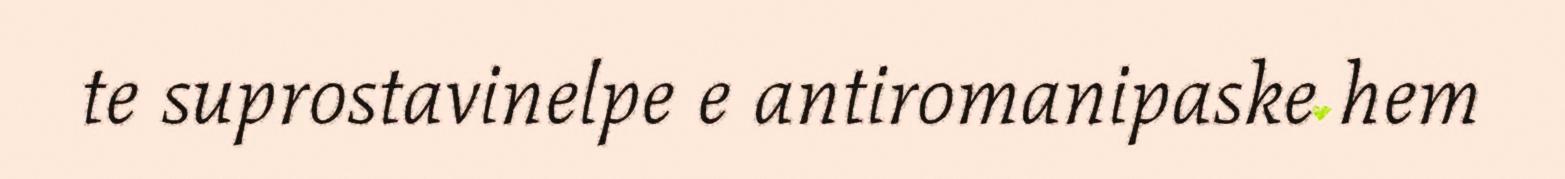
te suprostavinelpe e antiromanipaske hem